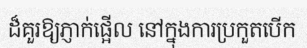
ដ៏គួរឱ្យភ្ញាក់ផ្អើល នៅក្នុងការប្រកួតបើក